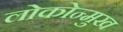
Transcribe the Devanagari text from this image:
लोकोन्मुख